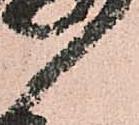
候